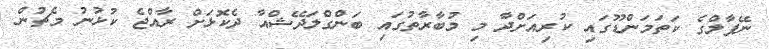
ނޭޕާލްގެ ކަތަމަންޑޫގައި ކުރިއަށްދާ މި މުބާރާތުގައި ބަންގްލަދޭޝްއާ ދެކޮޅަށް ރާއްޖެ ކުޅުނު މެޗުން